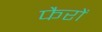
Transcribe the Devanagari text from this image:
फैरों